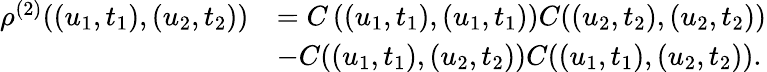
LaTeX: \begin{array}{rl}{\rho^{(2)}((u_{1},t_{1}),(u_{2},t_{2}))}&{=C\left((u_{1},t_{1}),(u_{1},t_{1})\right)C((u_{2},t_{2}),(u_{2},t_{2}))}\\ &{-C((u_{1},t_{1}),(u_{2},t_{2}))C((u_{1},t_{1}),(u_{2},t_{2})).}\end{array}